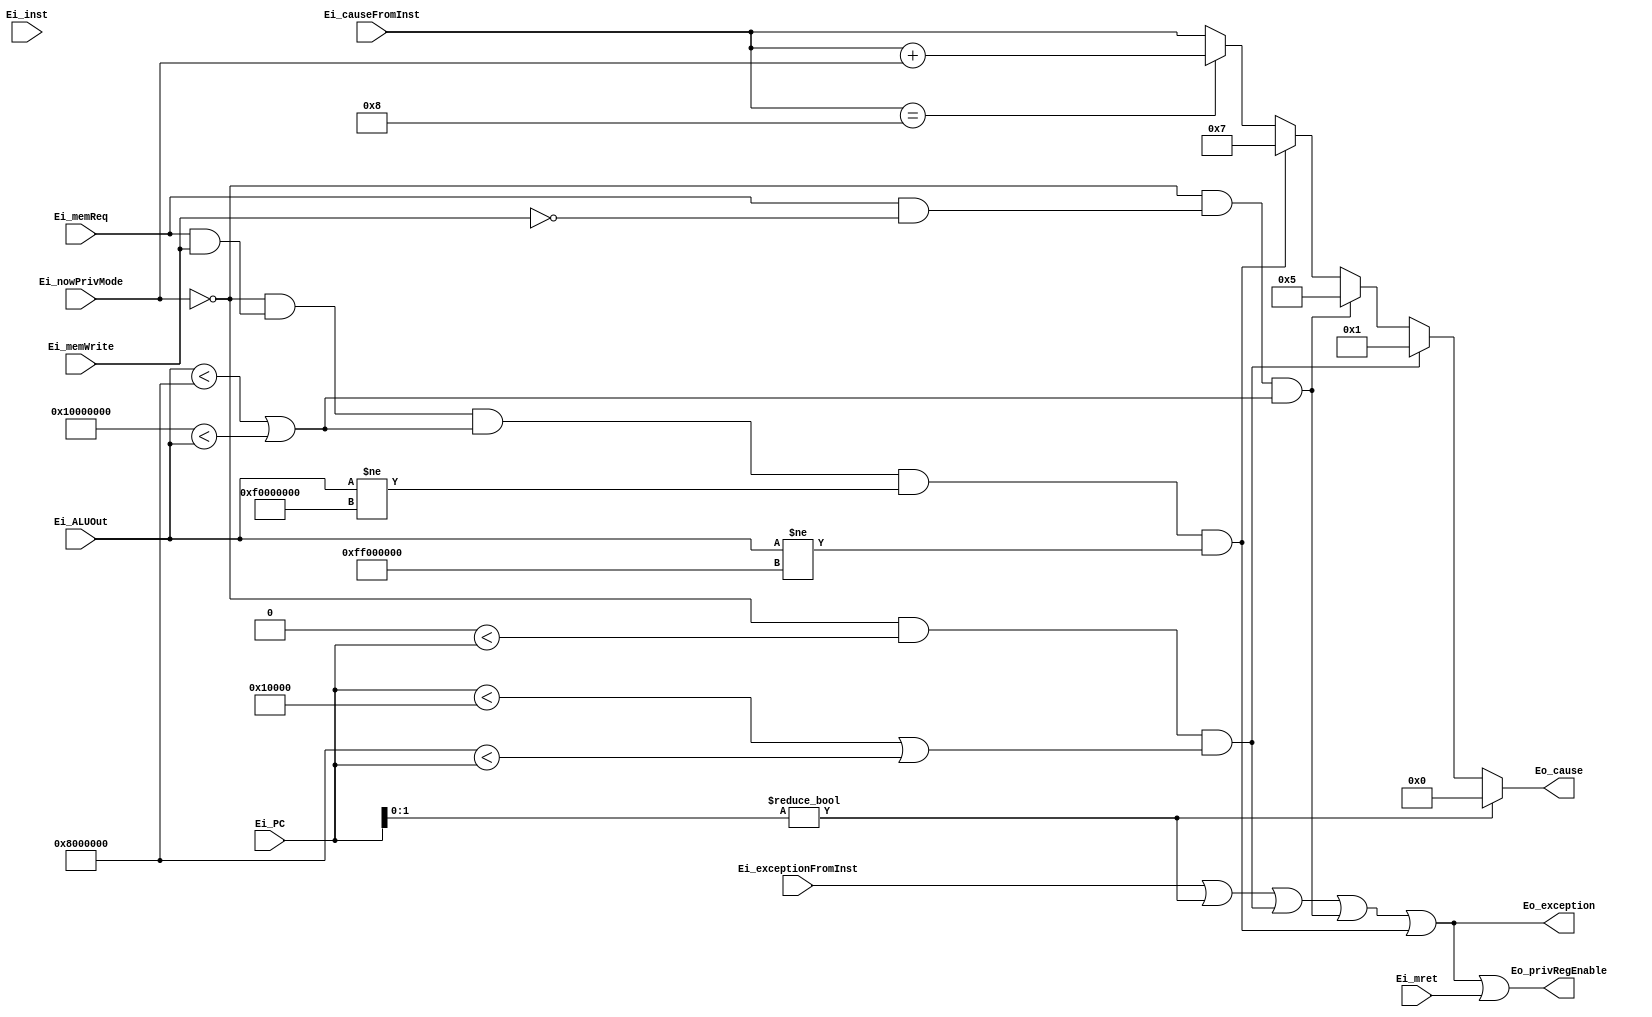
`define UMODE 2'b00

module exceptionHandling (
  // from datapath
  input [1:0] Ei_nowPrivMode,
  input [31:0] Ei_PC,
  input [31:0] Ei_inst,
  input [31:0] Ei_ALUOut,
  // from controller
  input Ei_exceptionFromInst,
  input [3:0] Ei_causeFromInst,
  input Ei_mret,
  input Ei_memWrite, Ei_memReq,

  // to datapath
  output [3:0] Eo_cause,
  output Eo_privRegEnable,
  // to controller
  output Eo_exception  // and to hazard
);
  assign Eo_privRegEnable = Eo_exception | Ei_mret;

  wire w_instAddrAlignVioException 
    = (Ei_PC[1:0] != 2'b00);
  wire w_instAccessFaultException 
    = ((Ei_nowPrivMode == `UMODE) && (32'h0 < Ei_PC) 
                                  && ( (Ei_PC < 32'h1_0000)
                                        | (32'h800_0000 < Ei_PC)));
  wire w_loadAccessFaultException
    = ((Ei_nowPrivMode == `UMODE) && (Ei_memReq && !Ei_memWrite) 
                                  && ( (Ei_ALUOut < 32'h800_0000)
                                        | (32'h1000_0000 < Ei_ALUOut))
      );
  wire w_storeAccessFaultException
    = ((Ei_nowPrivMode == `UMODE) && (Ei_memReq && Ei_memWrite)
                                  && ( (Ei_ALUOut < 32'h800_0000)
                                        | (32'h1000_0000 < Ei_ALUOut))
                                  && (Ei_ALUOut != 32'hf000_0000)
                                  && (Ei_ALUOut != 32'hff00_0000)
      );

  assign Eo_exception = 
    Ei_exceptionFromInst
    | w_instAddrAlignVioException // or Inst. addr. align vio. exc.
    | w_instAccessFaultException
    | w_loadAccessFaultException
    | w_storeAccessFaultException;
  assign Eo_cause = 
    setCause(Ei_causeFromInst, Ei_nowPrivMode, 
              w_instAddrAlignVioException,
              w_instAccessFaultException,
              w_loadAccessFaultException,
              w_storeAccessFaultException
            );
  
  function [3:0] setCause(
    input [3:0] Ei_causeFromInst,
    input [1:0] Ei_nowPrivMode,
    input i_instAddrAlignVioException,
    input i_instAccessFaultException,
    input i_loadAccessFaultException,
    input i_storeAccessFaultException
  );
    if (i_instAddrAlignVioException)  // instAddrAlignVioException
      setCause = 4'b0000;
    else if (i_instAccessFaultException)
      setCause = 4'b0001;
    else if (i_loadAccessFaultException)
      setCause = 4'b0101;
    else if (i_storeAccessFaultException)
      setCause = 4'b0111;
    else if (Ei_causeFromInst == 4'd8) // ecall by UorSorM
      setCause = Ei_causeFromInst + Ei_nowPrivMode;
    else
      setCause = Ei_causeFromInst;
  endfunction

endmodule